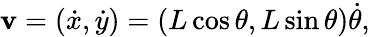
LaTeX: \mathbf{v}=({\dot{x}},{\dot{y}})=(L\cos\theta,L\sin\theta){\dot{\theta}},